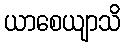
ယာစေယျာသိ